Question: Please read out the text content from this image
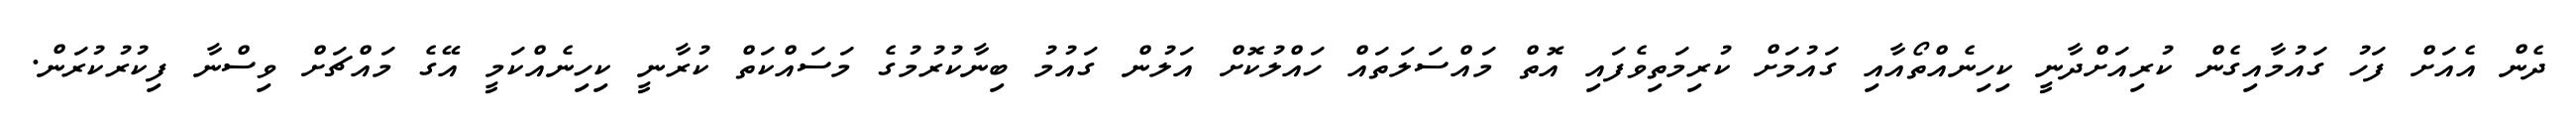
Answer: ދެން އެއަށް ފަހު ގައުމާއިގެން ކުރިއަށްދާނީ ކިހިނެއްތޯއާއި ގައުމަށް ކުރިމަތިވެފައި އޮތް މައްސަލަތައް ހައްލުކޮށް އަލުން ގައުމު ބިނާކުރުމުގެ މަސައްކަތް ކުރާނީ ކިހިނެއްކަމީ އޭގެ މައްޗަށް ވިސްނާ ފިކުރުކުރަން.